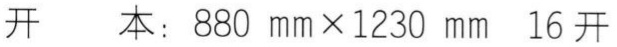
开本：880 mm×1230 mm 16开